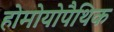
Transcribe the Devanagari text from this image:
होमोयोपैथिक